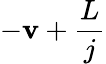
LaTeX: -\mathbf{v}+\frac{{L}}{{j}}